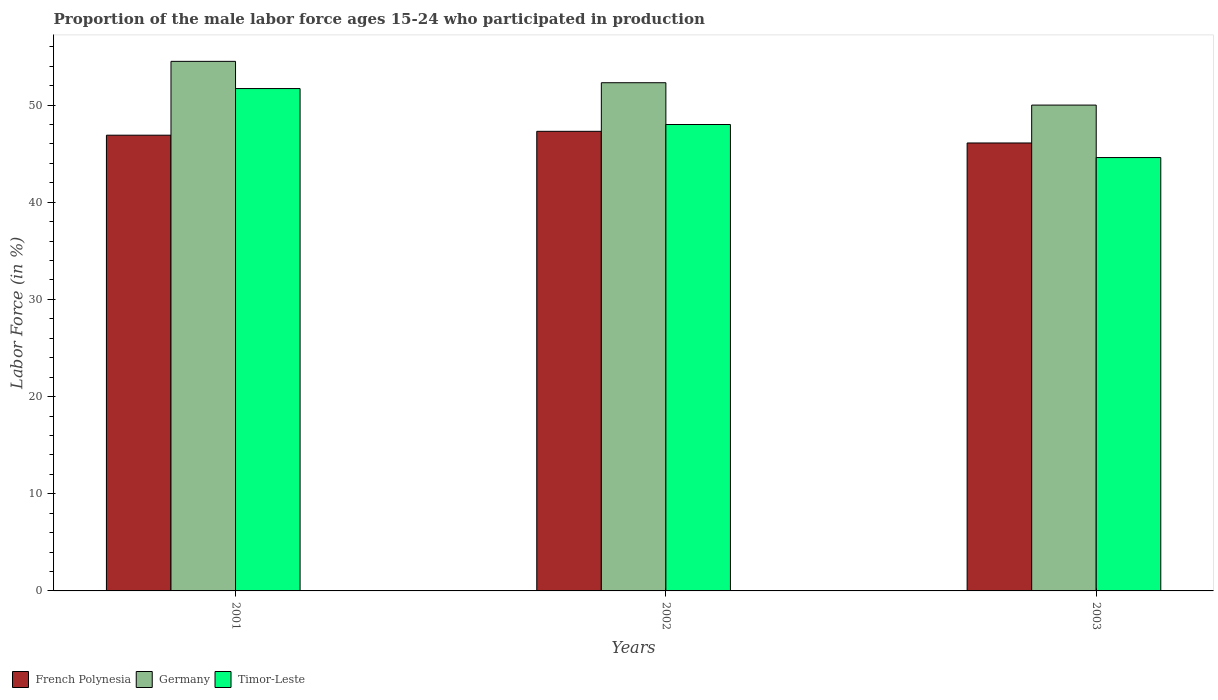
| Years | French Polynesia | Germany | Timor-Leste |
 | --- | --- | --- | --- |
 | 2001 | 46.9 | 54.5 | 51.7 |
 | 2002 | 47.3 | 52.3 | 48 |
 | 2003 | 46.1 | 50 | 44.6 |